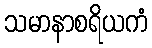
သမာနာစရိယကံ